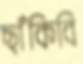
ছাঁকিবি